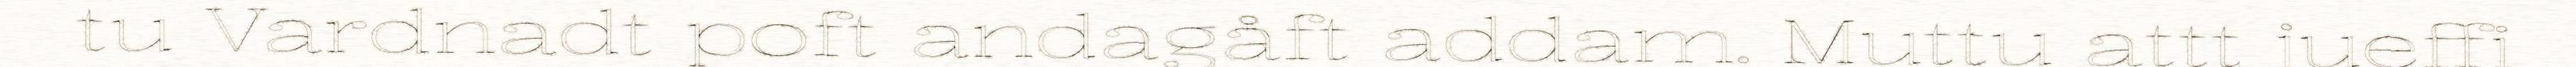
tu Vardnadt poft andagåft addam. Muttu attt jueffi